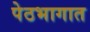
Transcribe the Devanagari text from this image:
पेठभागात